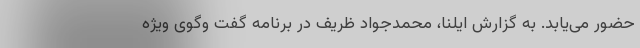
حضور می‌یابد. به گزارش ایلنا، محمدجواد ظریف در برنامه گفت وگوی ویژه